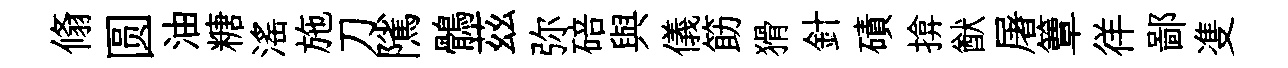
翛圆油糖滛施刀隲鶻茲弥碚與儀筯猾針磧揜猷屠簟徉鄙㕠